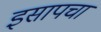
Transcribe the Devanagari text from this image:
इसापचा